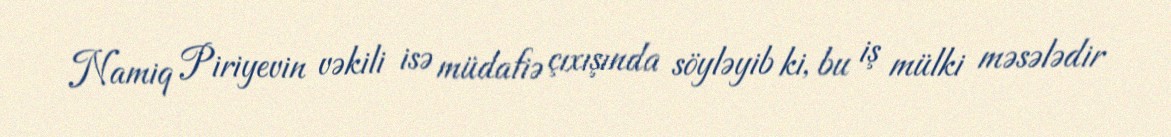
Namiq Piriyevin vəkili isə müdafiə çıxışında söyləyib ki, bu iş mülki məsələdir